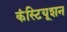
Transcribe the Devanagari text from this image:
कंस्टियूशन